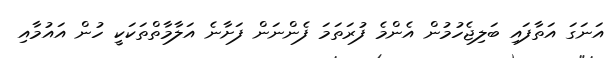
އަނަގަ އަތާފައި ބަލިޖެހުމުން އެންމެ ފުރަތަމަ ފެންނަން ފަށާނެ އަލާމާތްތަކަކީ ހުން އައުމާއި